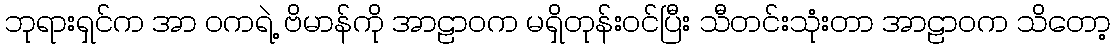
ဘုရားရှင်က အာ ဝကရဲ့ ဗိမာန်ကို အာဠာဝက မရှိတုန်းဝင်ပြီး သီတင်းသုံးတာ အာဠာဝက သိတော့